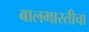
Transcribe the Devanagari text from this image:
बालभारतीचा